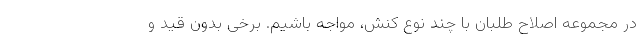
در مجموعه اصلاح طلبان با چند نوع کنش، مواجه باشیم. برخی بدون قید و